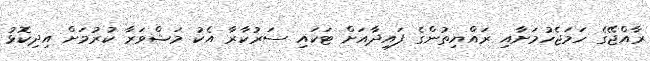
ރާއްޖޭގެ ހަމަޖެހުމަށާއި ރައްޔިތުންގެ ފައިދާއަށް ޓަކައި ސަރުކާރާ އެކު މަޝްވަރާ ކުރުމަށް އިދިކޮޅު